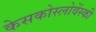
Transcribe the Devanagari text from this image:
केसकोस्लोवेंस्की